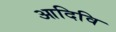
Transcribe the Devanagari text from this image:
आदिवि